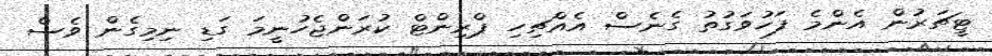
ޓީޗަރުން އެންމެ ފަހުވަގުތު ގެނެސް އެއްޗިހި ޕްރިންޓް ކުރަންޖެހުނީމަ ގަޑި ނިމިގެން ވެސް